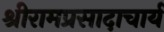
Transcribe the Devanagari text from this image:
श्रीरामप्रसादाचार्य